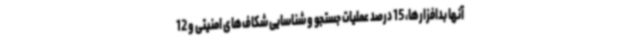
آنها بدافزارها، 15 درصد عملیات جستجو و شناسایی شکاف‌های امنیتی و 12